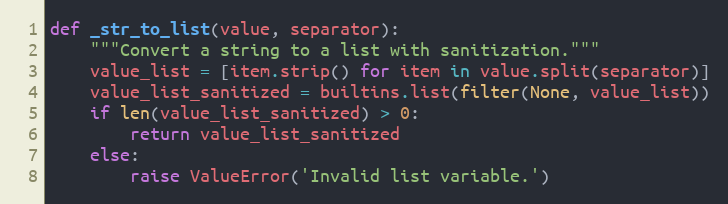
Language: Python
def _str_to_list(value, separator):
    """Convert a string to a list with sanitization."""
    value_list = [item.strip() for item in value.split(separator)]
    value_list_sanitized = builtins.list(filter(None, value_list))
    if len(value_list_sanitized) > 0:
        return value_list_sanitized
    else:
        raise ValueError('Invalid list variable.')